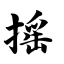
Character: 摇